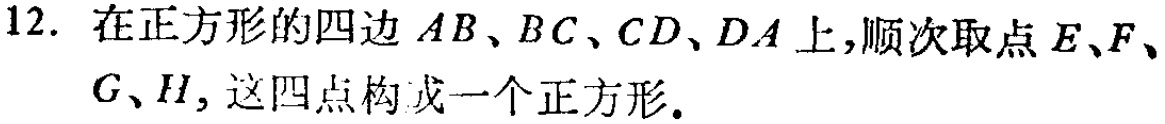
12. 在正方形的四边 \(AB、BC、CD、DA\) 上，顺次取点 \(E、F、G、H\)，这四点构成一个正方形.